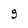
Character: g